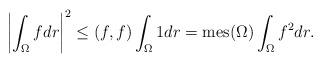
LaTeX: \begin{align*} \left|\int_{\Omega}{fdr}\right|^2\leq(f,f)\int_{\Omega}{1dr}=\mathrm{mes}(\Omega)\int_{\Omega}{f^2dr}.\end{align*}